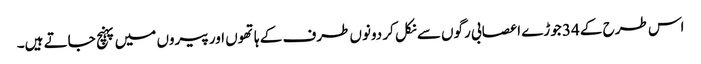
اس طرح کے 34 جوڑے اعصابی رگوں سے نکل کر دونوں طرف کے ہاتھوں اور پیروں میں پہنچ جاتے ہیں۔